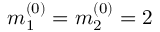
m _ { 1 } ^ { ( 0 ) } = m _ { 2 } ^ { ( 0 ) } = 2